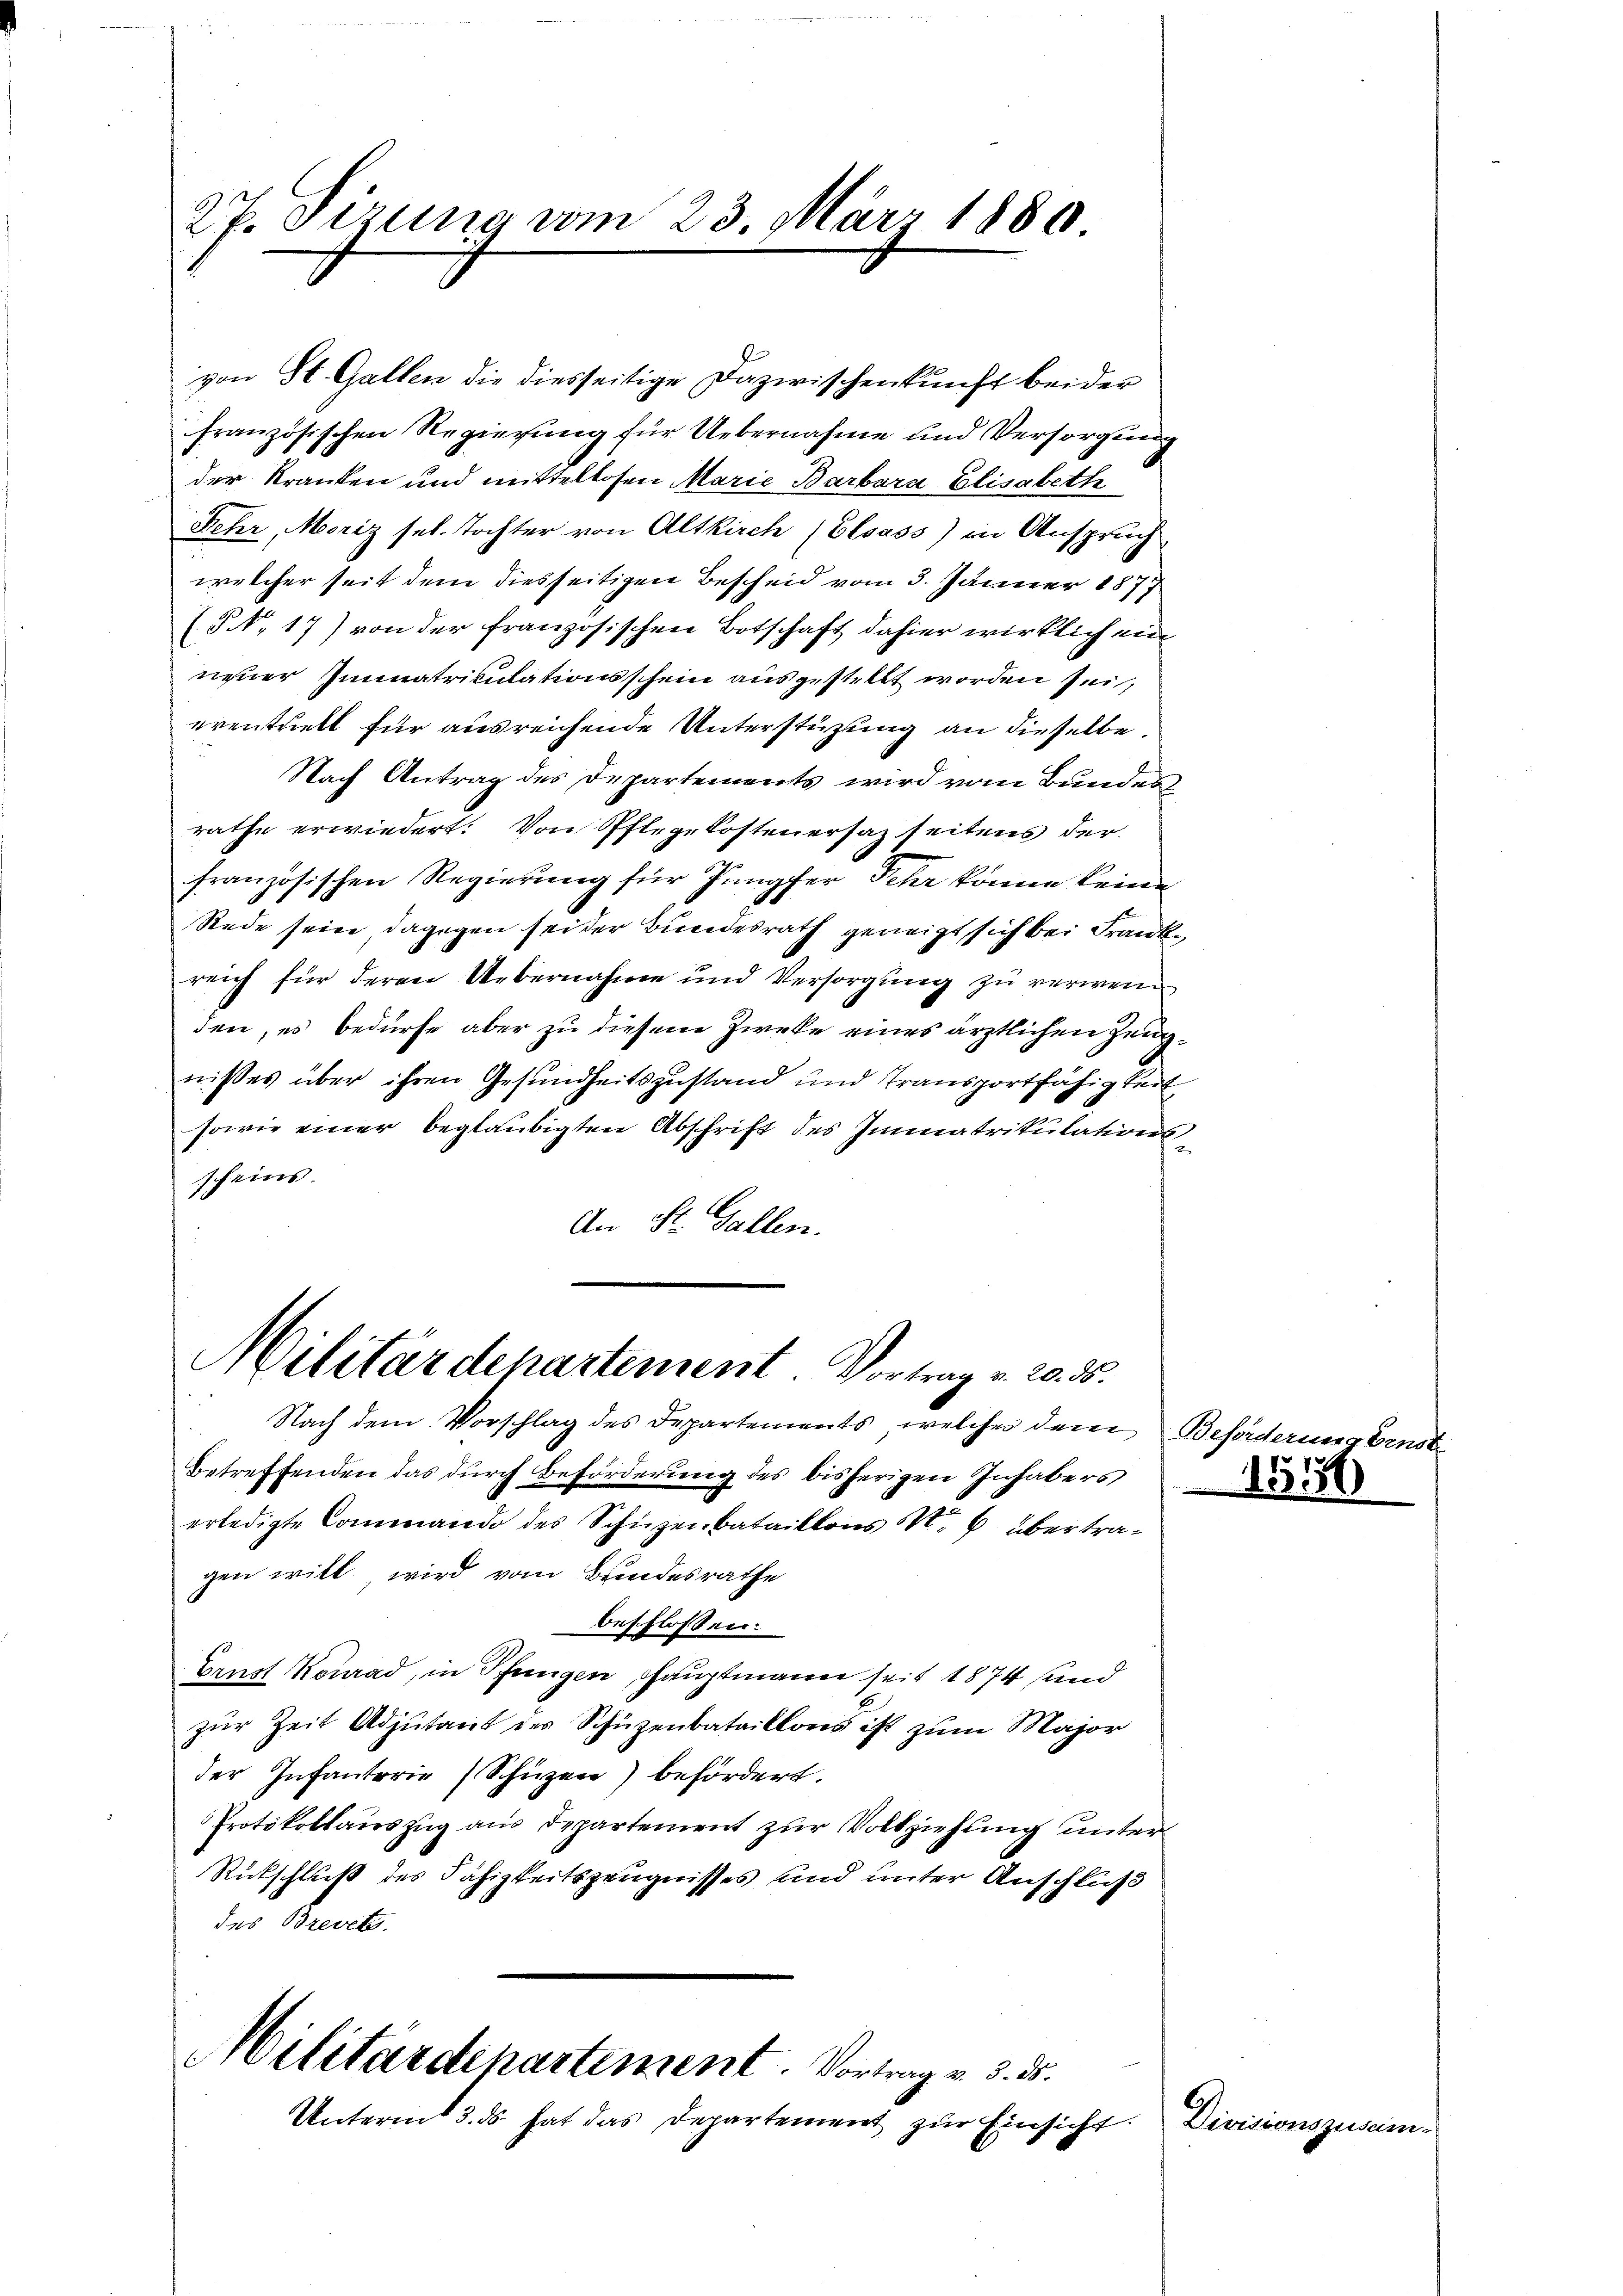
27. Sizung vom 23. März 1880

von St. Gallen die diesseitige Dazwischenkunft beider
französischen Regierung für Uebernahme und Versorgung
der Kranken und mittellosen Marie Barbara Elisabeth
Fehr, Moriz sel. Tochter von Altkirch (Elsass) in Anspruch
welcher seit dem diesseitigen Bescheid vom 3. Jänner 1877
(§ N. 17) von der französischen Botschaft dahier wirklich ein
neuer Immatrikulationsschein ausgestellt worden sei,
erenthielt für ausreichende Unterstüzung an dieselbe
Nach Antrag des Departements wird vom Bundes
rathe erwiedert: Von Pflegekostenersaz seitens der
französischen Regierung für Jungfer sehr könne keine
Rede sein dagegen seider Bundesrath geneigt sich bei Franke
reich für deren Uebernahme und Versorgung zu verwei
den, es bedürfe aber zu diesen Zwecke eines ärztlichen Zeugnißes über ihren Gesundheitszustand und Transportfähigkeit,
sowie einer beglaubigten Abschrift des Immatrikulationsscheins.
An St. Gallen.
Militärdepartement. Vortrag v. 20. ds.

Nach dem Vorschlag des Departements, welches dem Beförderung Ernst
Betreffenden das durch Beförderung des bisherigen Inhabers
erledigte Commando des Schüzenbataillons S. 6 übertragen will, wird vom Bundesrathe
beschlossen:
Ernst Konrad, in Pfungen Hauptmann seit 1874 und
zur Zeit Adjutant des Schüzenbataillons ist zum Major
der Infanterie (Schüzen) befördert.
Protokollauszug aus Departement zur Vollziehung unter
Rückschluß des Fähigkeitszeugnisses und unter Anschluß
des Brevets.
Militärdepartiment. Vortrag v. 3. ds.
Unterm 3. ds hat das Departement zur Einsicht.

1
1550

Divisionszusam-